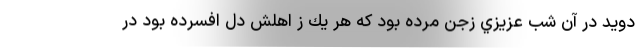
دويد در آن شب عزيزي زجن مرده بود كه هر يك ز اهلش دل افسرده بود در